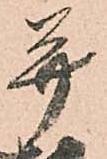
并